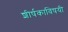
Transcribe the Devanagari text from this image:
शीर्षकाविषयी